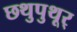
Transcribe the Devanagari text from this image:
छथुपुथूर्